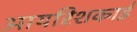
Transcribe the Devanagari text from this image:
आयरिशकाई